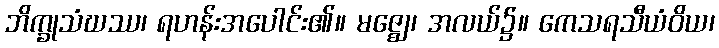
ဘိက္ခုသံဃဿ၊ ရဟန်းအပေါင်း၏။ မဇ္ဈေ၊ အလယ်၌။ ကေသရသီယံဝိယ၊